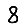
Digit: 8